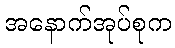
အနောက်အုပ်စုက